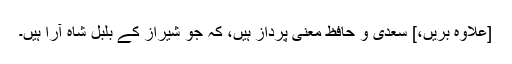
[علاوہ بریں،] سعدی و حافظِ معنی پرداز ہیں، کہ جو شیراز کے بُلبُلِ شاہ آرا ہیں۔